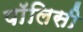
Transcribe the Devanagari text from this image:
पाॅलिसी